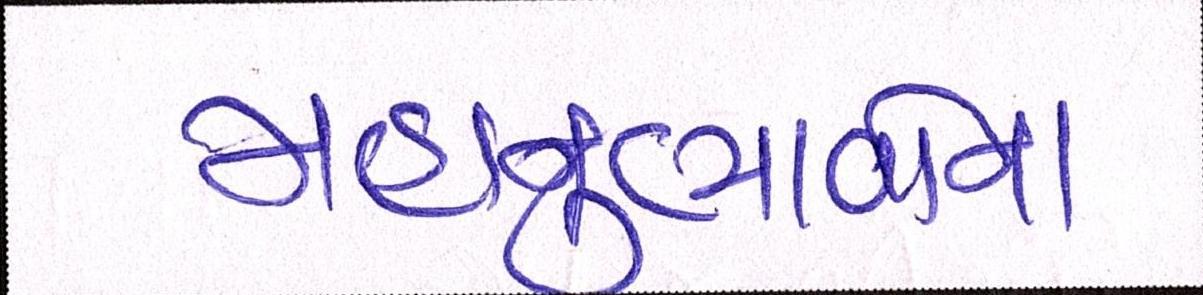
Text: મહાનુભાવોના